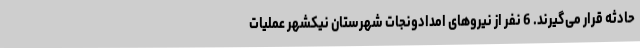
حادثه قرار می‌گیرند. 6 نفر از نیروهای امدادونجات شهرستان نیکشهر عملیات